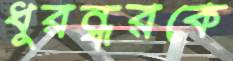
ধুরন্ধরকে